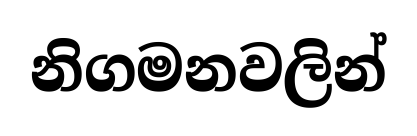
නිගමනවලින්